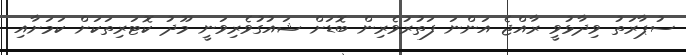
ސުޕާރަތު ވިދާޅުވީ ރާއްޖެ އަންނަ ފަތުރުވެރިން ބޮޑަށް ޝައުގުވެރިވަނީ މޫދު ކޮޓަރިތަކަށް ކަމަށާއި